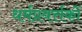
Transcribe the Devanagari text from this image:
धर्मप्रवर्त्तकों